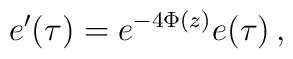
e'(\tau)=e^{-4\Phi(z)}e(\tau)\,,